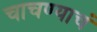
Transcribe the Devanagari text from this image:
चाचण्याचं